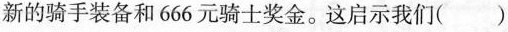
新的骑手装备和666元骑士奖金。这启示我们( )